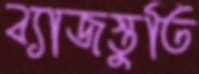
ব্যাজস্তুতি